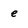
Character: e